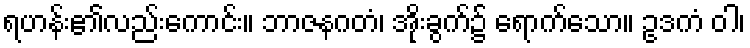
ရဟန်း၏လည်းကောင်း။ ဘာဇနဂတံ၊ အိုးခွက်၌ ရောက်သော။ ဥဒကံ ဝါ၊